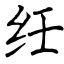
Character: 纴